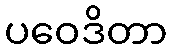
ပဝေဒိတာ